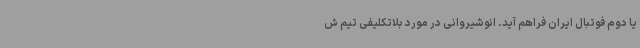
یا دوم فوتبال ایران فراهم آید. انوشیروانی در مورد بلاتکلیفی تیم ش